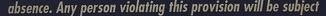
absence. Any preson violating this provision will be subject